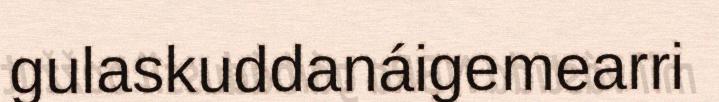
gulaskuddanáigemearri